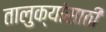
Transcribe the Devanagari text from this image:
तालुक्यांसाठी